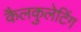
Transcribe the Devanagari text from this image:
कैलकुलेटिंग